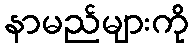
နာမည်များကို